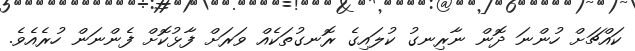
ކައްޗަށް ހުންނަ ދޮން ނާރިނގު ކުލައިގެ ރޮނގުތަކެއް ވަރަށް ފާޅުކޮށް ފެންނަން ހުރެއެވެ.